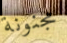
مجنونة